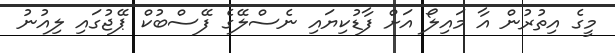
މީގެ އިތުރުން އާ މައިލޯ އަށް ފާޑުކިޔައި ނެސްލޭގެ ފޭސްބުކް ޕޭޖުގައި ލިއުނު